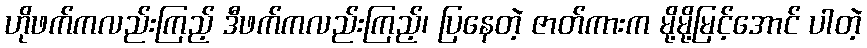
ဟိုဖက်ကလည်းကြည့် ဒီဖက်ကလည်းကြည့်၊ ပြနေတဲ့ ဇာတ်ကားက မို့မို့မြင့်အောင် ပါတဲ့